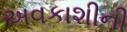
અવકાશીની